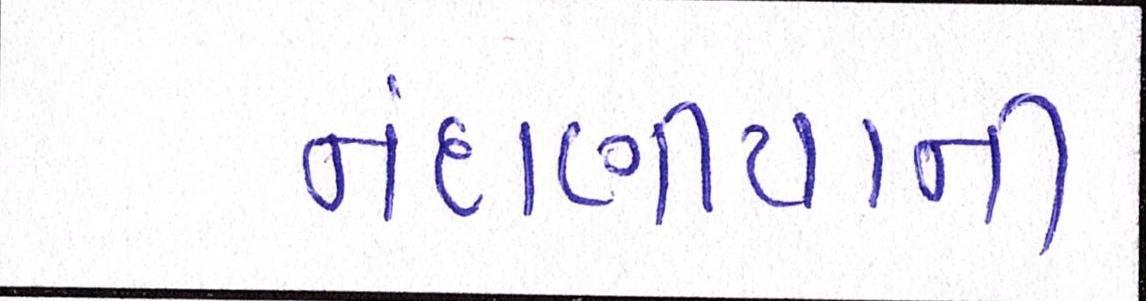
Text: નંદાણીયાની